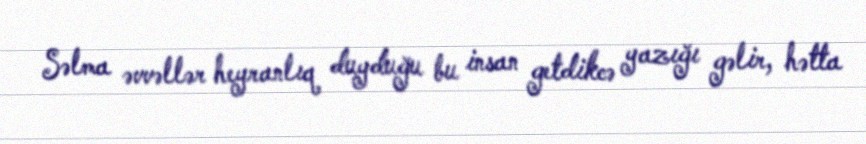
Səlma əvvəllər heyranlıq duyduğu bu insan getdikcə yazığı gəlir, hətta